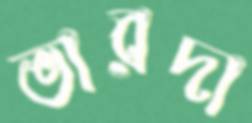
ভারদা